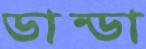
ডান্ডা